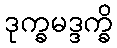
ဒုက္ခမဒ္ဒက္ခိ